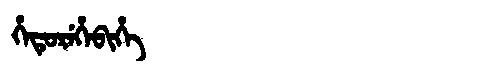
Manchu: ᡥᡝᡨᡠᡵᡝᡥᡝᠪᡳᡥᡝ
Romanization: HETUREHEBIHE